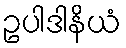
ဥပါဒါနိယံ